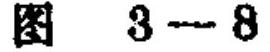
图 \(3 - 8\)